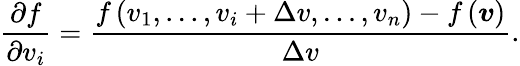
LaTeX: \frac{\partial f}{\partial v_{i}}=\frac{f\left(v_{1},...,v_{i}+\Delta v,...,v_{n}\right)-f\left(\boldsymbol{v}\right)}{\Delta v}.